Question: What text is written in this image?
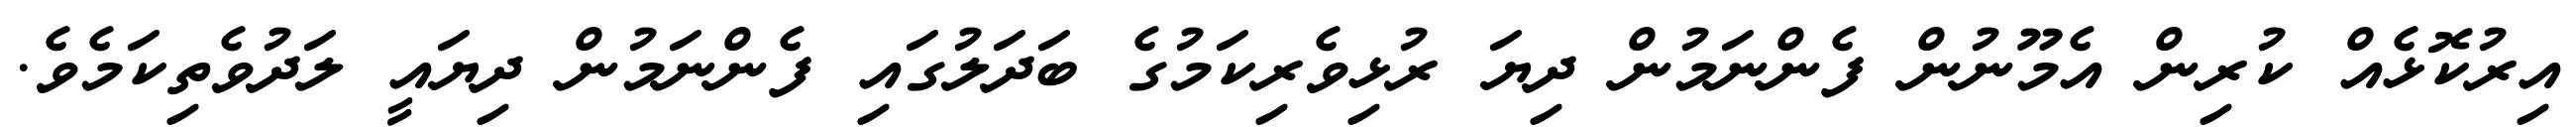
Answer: އިރުކޮޅެއް ކުރިން އެމޫނުން ފެންނަމުން ދިޔަ ރުޅިވެރިކަމުގެ ބަދަލުގައި ފެންނަމުން ދިޔައީ ލަދުވެތިކަމެވެ.